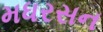
મધરસન